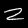
Label: 2